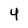
Character: 4